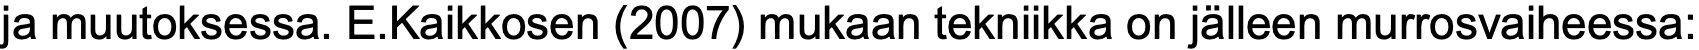
ja muutoksessa. E.Kaikkosen (2007) mukaan tekniikka on jälleen murrosvaiheessa: